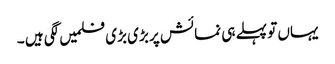
یہاں تو پہلے ہی نمائش پر بڑی بڑی فلمیں لگی ہیں ۔